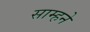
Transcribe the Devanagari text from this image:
साम्हने